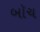
બૉચ